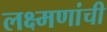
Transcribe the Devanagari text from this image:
लक्ष्मणांची